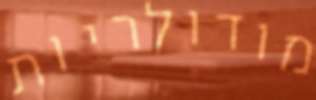
מודולריות